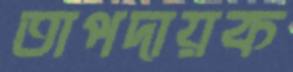
তাপদায়ক